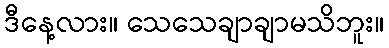
ဒီနေ့လား။ သေသေချာချာမသိဘူး။